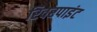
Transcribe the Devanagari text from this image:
रिवरपाइंट